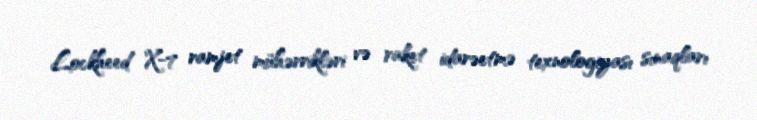
Lockheed X-7 ramjet mühərrikləri və raket idarəetmə texnologiyası sınaqları